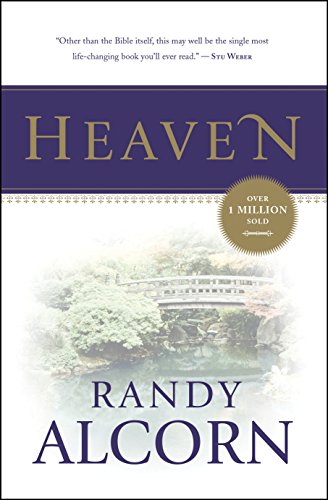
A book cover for Heaven; Randy Alcorn; Christian Books & Bibles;